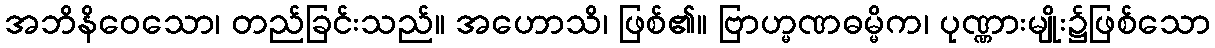
အဘိနိဝေသော၊ တည်ခြင်းသည်။ အဟောသိ၊ ဖြစ်၏။ ဗြာဟ္မဏဓမ္မိက၊ ပုဏ္ဏားမျိုး၌ဖြစ်သော